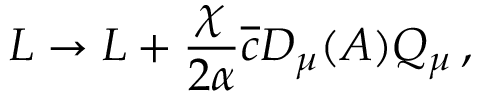
{ \cal L } \rightarrow { \cal L } + \frac { \chi } { 2 \alpha } \overline { { { c } } } D _ { \mu } ( A ) Q _ { \mu } \, ,